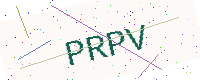
Text: PRPV